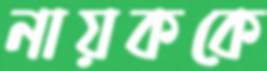
নায়ককে